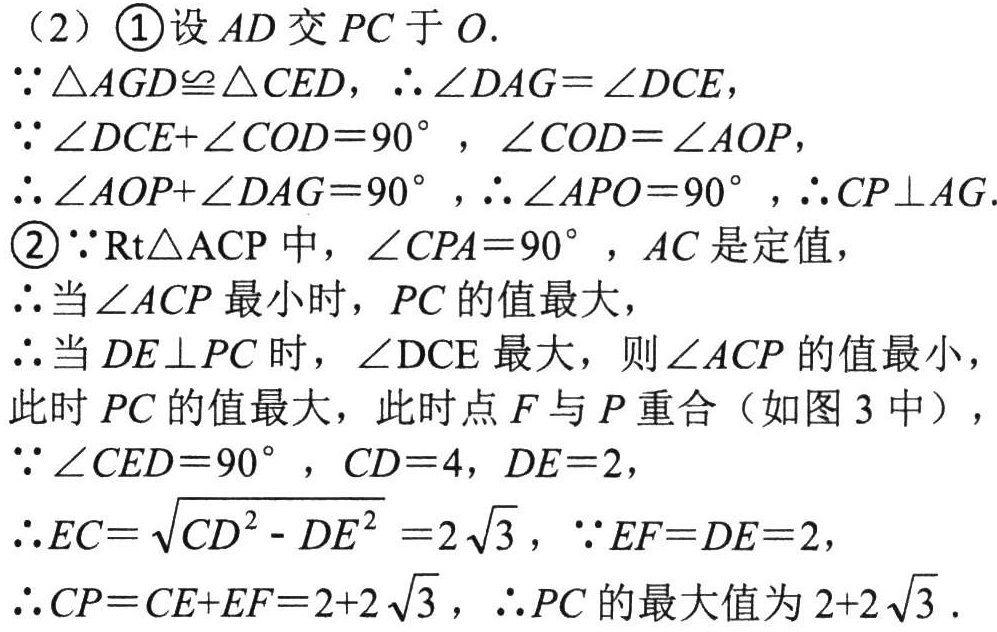
（2）\textcircled{1}设 \(AD\) 交 \(PC\) 于 \(O\).

\(\because\triangle AGD\cong\triangle CED\)，\(\therefore\angle DAG = \angle DCE\)，

\(\because\angle DCE+\angle COD = 90^{\circ}\)，\(\angle COD=\angle AOP\)，

\(\therefore\angle AOP+\angle DAG = 90^{\circ}\)，\(\therefore\angle APO = 90^{\circ}\)，\(\therefore CP\perp AG\).

\textcircled{2}\(\because\text{Rt}\triangle ACP\) 中，\(\angle CPA = 90^{\circ}\)，\(AC\) 是定值，

\(\therefore\) 当 \(\angle ACP\) 最小时，\(PC\) 的值最大，

\(\therefore\) 当 \(DE\perp PC\) 时，\(\angle DCE\) 最大，则 \(\angle ACP\) 的值最小，

此时 \(PC\) 的值最大，此时点 \(F\) 与 \(P\) 重合（如图 3 中），

\(\because\angle CED = 90^{\circ}\)，\(CD = 4\)，\(DE = 2\)，

\(\therefore EC=\sqrt{CD^{2}-DE^{2}} = 2\sqrt{3}\)，\(\because EF = DE = 2\)，

\(\therefore CP=CE + EF=2 + 2\sqrt{3}\)，\(\therefore PC\) 的最大值为 \(2 + 2\sqrt{3}\).